Tezpur Lunatic Asylum reports 1877-1894 - 1877-1894
Year: 1877
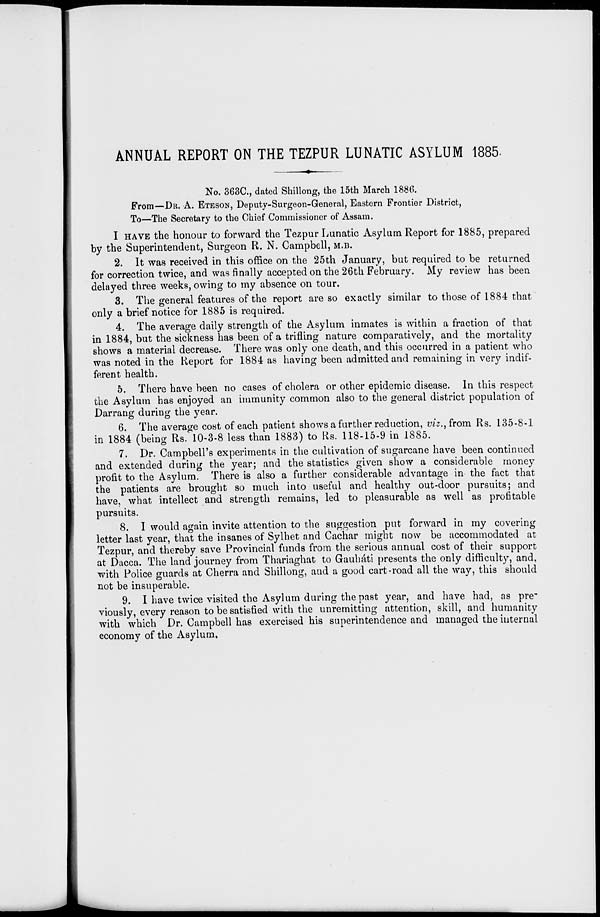
ANNUAL REPORT ON THE TEZPUR LUNATIC ASYLUM 1885-
No. 363C, dated Shillong, the 15th March 1880.
From—DR. A. BTESON, Deputy-Surgeon-General, Eastern Frontier District,
To—The Secretary to the Chief Commissioner of Assam.
I HAVE the honour to forward the Tezpur Lunatic Asylum Report for 1885, prepared
by the Superintendent, Surgeon R. N. Campbell, M.B.
2. It was received in this office on the 25th January, but required to be returned
for correction twice, and was finally accepted on the 26th February. My review has been
delayed three weeks, owing to my absence on tour.
3. The general features of the report are so exactly similar to those of 1884 that
only a brief notice for 1885 is required.
4. The average daily strength of the Asylum inmates is within a fraction of that
in 1884, but the sickness has been of a trifling nature comparatively, and the mortality
shows a material decrease. There was only one death, and this occurred in a patient who
was noted in the Report for 1884 as having been admitted and remaining in very indif-
ferent health.
5. There have been no cases of cholera or other epidemic disease. In this respect
the Asylum has enjoyed an immunity common also to the general district population of
Darrang during the year.
6. The average cost of each patient shows a further reduction, viz., from Rs. 135-8-1
in 1884 (being Rs. 10-3-8 less than 1883) to Rs. 118-15-9 in 1885.
7. Dr. Campbell's experiments in the cultivation of sugarcane have been continued
and extended during the year; and the statistics given show a considerable money
profit to the Asylum. There is also a further considerable advantage in the fact that
the patients are brought so much into useful and healthy out-door pursuits; and
have, what intellect and strength remains, led to pleasurable as well as profitable
pursuits.
8. I would again invite attention to the suggestion put forward in my covering
letter last year, that the insanes of Sylhet and Cachar might now be accommodated at
Tezpur, and thereby save Provincial funds from the serious annual cost of their support
at Dacca. The land journey from Thariaghat to Gauhati presents the only difficulty, and,
with Police guards at Cherra and Shillong, and a good cart-road all the way, this should
not be insuperable.
9. I have twice visited the Asylum during the past year, and have had, as pre"
viously, every reason to be satisfied with the unremitting attention, skill, and humanity
with which Dr. Campbell has exercised his superintendence and managed the internal
economy of the Asylum,